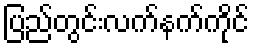
ပြည်တွင်းလက်နက်ကိုင်